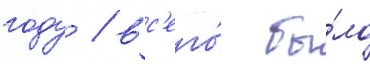
году / вс'его́ бы́ло